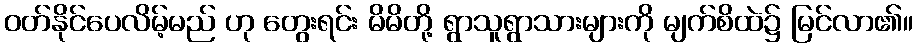
ဝတ်နိုင်ပေလိမ့်မည် ဟု တွေးရင်း မိမိတို့ ရွာသူရွာသားများကို မျက်စိထဲ၌ မြင်လာ၏။